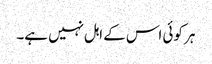
ہر کوئی اس کے اہل نہیں ہے۔